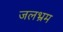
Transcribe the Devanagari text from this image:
जलभ्रम